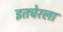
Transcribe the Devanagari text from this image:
इतचेरला